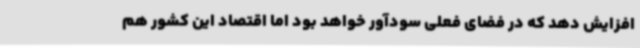
افزایش دهد که در فضای فعلی سودآور خواهد بود اما اقتصاد این کشور هم